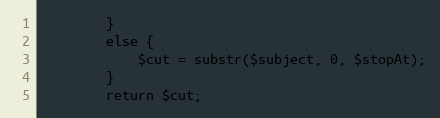
Language: PHP
        }
        else {
            $cut = substr($subject, 0, $stopAt);
        }
        return $cut;